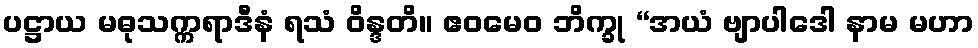
ပဋ္ဌာယ မဓုသက္ကရာဒီနံ ရသံ ဝိန္ဒတိ။ ဧဝမေဝ ဘိက္ခု “အယံ ဗျာပါဒေါ နာမ မဟာ